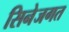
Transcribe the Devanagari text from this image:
सिनेजगत